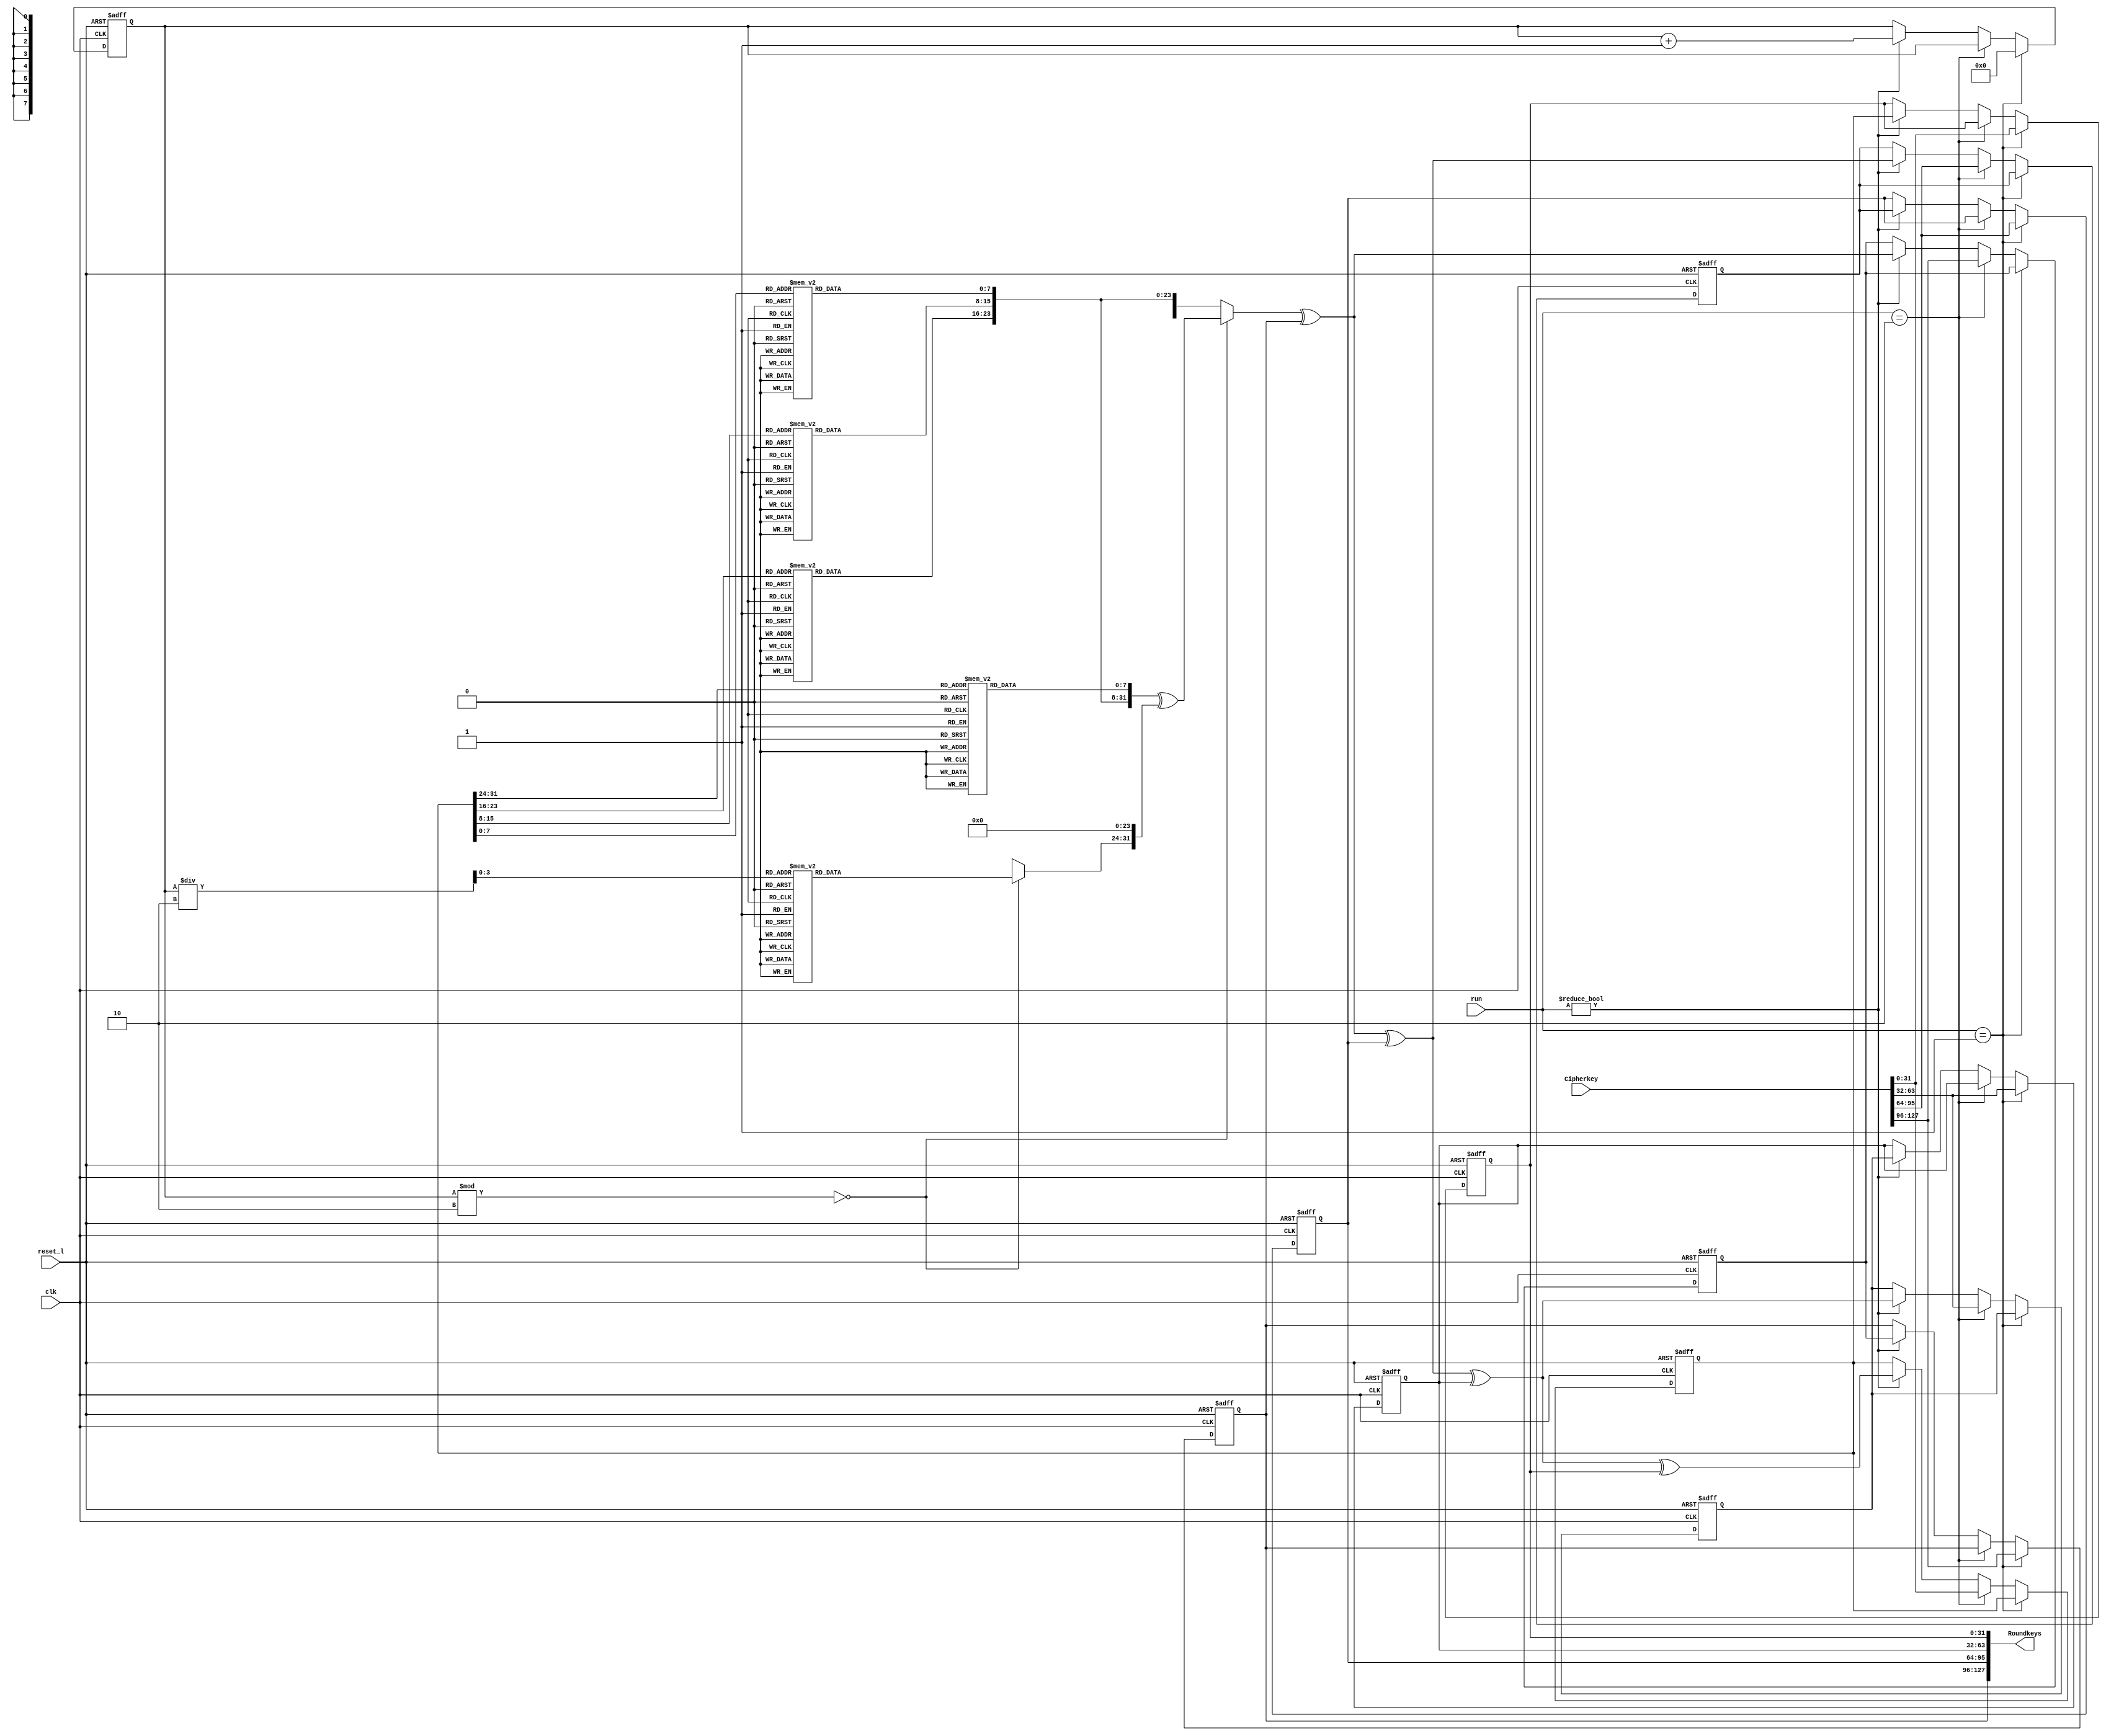
`timescale 1 ns / 1 ns // timescale for following modules

module keyExpansion (
   clk,
   reset_l,
   run,
   Cipherkey,
   Roundkeys);

parameter OUT_WIDTH = 4; // width in 32-bit words

input         clk;
input         reset_l;
input [1:0]   run; // 1 == load 1st key, 2 = load 2nd key, 3 = iterate, 0 = don't change state
input [127:0] Cipherkey;
output reg    [OUT_WIDTH*32-1:0] Roundkeys;

// ---------------------------------------------------------------------------
//  Constants
// ---------------------------------------------------------------------------

function [7:0] RCON;
  input[3:0] i;
  begin
    case (i)
      'h0: RCON = 8'h01; 'h1: RCON = 8'h02; 'h2: RCON = 8'h04;  'h3: RCON = 8'h08; 'h4: RCON = 8'h10;
      'h5: RCON = 8'h20; 'h6: RCON = 8'h40; 'h7: RCON = 8'h80; 'h8: RCON = 8'h1B; 'h9: RCON = 8'h36;
      default: RCON = 0;
    endcase
  end
endfunction

function [7:0] SBOXf;
  input[7:0] i;
    case (i) // case is inferred as a lookup table
    'h00: SBOXf = 8'h63; 'h01: SBOXf = 8'h7c; 'h02: SBOXf = 8'h77; 'h03: SBOXf = 8'h7b;
    'h04: SBOXf = 8'hf2; 'h05: SBOXf = 8'h6b; 'h06: SBOXf = 8'h6f; 'h07: SBOXf = 8'hc5;
    'h08: SBOXf = 8'h30; 'h09: SBOXf = 8'h01; 'h0a: SBOXf = 8'h67; 'h0b: SBOXf = 8'h2b;
    'h0c: SBOXf = 8'hfe; 'h0d: SBOXf = 8'hd7; 'h0e: SBOXf = 8'hab; 'h0f: SBOXf = 8'h76;
    'h10: SBOXf = 8'hca; 'h11: SBOXf = 8'h82; 'h12: SBOXf = 8'hc9; 'h13: SBOXf = 8'h7d;
    'h14: SBOXf = 8'hfa; 'h15: SBOXf = 8'h59; 'h16: SBOXf = 8'h47; 'h17: SBOXf = 8'hf0;
    'h18: SBOXf = 8'had; 'h19: SBOXf = 8'hd4; 'h1a: SBOXf = 8'ha2; 'h1b: SBOXf = 8'haf;
    'h1c: SBOXf = 8'h9c; 'h1d: SBOXf = 8'ha4; 'h1e: SBOXf = 8'h72; 'h1f: SBOXf = 8'hc0;
    'h20: SBOXf = 8'hb7; 'h21: SBOXf = 8'hfd; 'h22: SBOXf = 8'h93; 'h23: SBOXf = 8'h26;
    'h24: SBOXf = 8'h36; 'h25: SBOXf = 8'h3f; 'h26: SBOXf = 8'hf7; 'h27: SBOXf = 8'hcc;
    'h28: SBOXf = 8'h34; 'h29: SBOXf = 8'ha5; 'h2a: SBOXf = 8'he5; 'h2b: SBOXf = 8'hf1;
    'h2c: SBOXf = 8'h71; 'h2d: SBOXf = 8'hd8; 'h2e: SBOXf = 8'h31; 'h2f: SBOXf = 8'h15;
    'h30: SBOXf = 8'h04; 'h31: SBOXf = 8'hc7; 'h32: SBOXf = 8'h23; 'h33: SBOXf = 8'hc3;
    'h34: SBOXf = 8'h18; 'h35: SBOXf = 8'h96; 'h36: SBOXf = 8'h05; 'h37: SBOXf = 8'h9a;
    'h38: SBOXf = 8'h07; 'h39: SBOXf = 8'h12; 'h3a: SBOXf = 8'h80; 'h3b: SBOXf = 8'he2;
    'h3c: SBOXf = 8'heb; 'h3d: SBOXf = 8'h27; 'h3e: SBOXf = 8'hb2; 'h3f: SBOXf = 8'h75;
    'h40: SBOXf = 8'h09; 'h41: SBOXf = 8'h83; 'h42: SBOXf = 8'h2c; 'h43: SBOXf = 8'h1a;
    'h44: SBOXf = 8'h1b; 'h45: SBOXf = 8'h6e; 'h46: SBOXf = 8'h5a; 'h47: SBOXf = 8'ha0;
    'h48: SBOXf = 8'h52; 'h49: SBOXf = 8'h3b; 'h4a: SBOXf = 8'hd6; 'h4b: SBOXf = 8'hb3;
    'h4c: SBOXf = 8'h29; 'h4d: SBOXf = 8'he3; 'h4e: SBOXf = 8'h2f; 'h4f: SBOXf = 8'h84;
    'h50: SBOXf = 8'h53; 'h51: SBOXf = 8'hd1; 'h52: SBOXf = 8'h00; 'h53: SBOXf = 8'hed;
    'h54: SBOXf = 8'h20; 'h55: SBOXf = 8'hfc; 'h56: SBOXf = 8'hb1; 'h57: SBOXf = 8'h5b;
    'h58: SBOXf = 8'h6a; 'h59: SBOXf = 8'hcb; 'h5a: SBOXf = 8'hbe; 'h5b: SBOXf = 8'h39;
    'h5c: SBOXf = 8'h4a; 'h5d: SBOXf = 8'h4c; 'h5e: SBOXf = 8'h58; 'h5f: SBOXf = 8'hcf;
    'h60: SBOXf = 8'hd0; 'h61: SBOXf = 8'hef; 'h62: SBOXf = 8'haa; 'h63: SBOXf = 8'hfb;
    'h64: SBOXf = 8'h43; 'h65: SBOXf = 8'h4d; 'h66: SBOXf = 8'h33; 'h67: SBOXf = 8'h85;
    'h68: SBOXf = 8'h45; 'h69: SBOXf = 8'hf9; 'h6a: SBOXf = 8'h02; 'h6b: SBOXf = 8'h7f;
    'h6c: SBOXf = 8'h50; 'h6d: SBOXf = 8'h3c; 'h6e: SBOXf = 8'h9f; 'h6f: SBOXf = 8'ha8;
    'h70: SBOXf = 8'h51; 'h71: SBOXf = 8'ha3; 'h72: SBOXf = 8'h40; 'h73: SBOXf = 8'h8f;
    'h74: SBOXf = 8'h92; 'h75: SBOXf = 8'h9d; 'h76: SBOXf = 8'h38; 'h77: SBOXf = 8'hf5;
    'h78: SBOXf = 8'hbc; 'h79: SBOXf = 8'hb6; 'h7a: SBOXf = 8'hda; 'h7b: SBOXf = 8'h21;
    'h7c: SBOXf = 8'h10; 'h7d: SBOXf = 8'hff; 'h7e: SBOXf = 8'hf3; 'h7f: SBOXf = 8'hd2;
    'h80: SBOXf = 8'hcd; 'h81: SBOXf = 8'h0c; 'h82: SBOXf = 8'h13; 'h83: SBOXf = 8'hec;
    'h84: SBOXf = 8'h5f; 'h85: SBOXf = 8'h97; 'h86: SBOXf = 8'h44; 'h87: SBOXf = 8'h17;
    'h88: SBOXf = 8'hc4; 'h89: SBOXf = 8'ha7; 'h8a: SBOXf = 8'h7e; 'h8b: SBOXf = 8'h3d;
    'h8c: SBOXf = 8'h64; 'h8d: SBOXf = 8'h5d; 'h8e: SBOXf = 8'h19; 'h8f: SBOXf = 8'h73;
    'h90: SBOXf = 8'h60; 'h91: SBOXf = 8'h81; 'h92: SBOXf = 8'h4f; 'h93: SBOXf = 8'hdc;
    'h94: SBOXf = 8'h22; 'h95: SBOXf = 8'h2a; 'h96: SBOXf = 8'h90; 'h97: SBOXf = 8'h88;
    'h98: SBOXf = 8'h46; 'h99: SBOXf = 8'hee; 'h9a: SBOXf = 8'hb8; 'h9b: SBOXf = 8'h14;
    'h9c: SBOXf = 8'hde; 'h9d: SBOXf = 8'h5e; 'h9e: SBOXf = 8'h0b; 'h9f: SBOXf = 8'hdb;
    'ha0: SBOXf = 8'he0; 'ha1: SBOXf = 8'h32; 'ha2: SBOXf = 8'h3a; 'ha3: SBOXf = 8'h0a;
    'ha4: SBOXf = 8'h49; 'ha5: SBOXf = 8'h06; 'ha6: SBOXf = 8'h24; 'ha7: SBOXf = 8'h5c;
    'ha8: SBOXf = 8'hc2; 'ha9: SBOXf = 8'hd3; 'haa: SBOXf = 8'hac; 'hab: SBOXf = 8'h62;
    'hac: SBOXf = 8'h91; 'had: SBOXf = 8'h95; 'hae: SBOXf = 8'he4; 'haf: SBOXf = 8'h79;
    'hb0: SBOXf = 8'he7; 'hb1: SBOXf = 8'hc8; 'hb2: SBOXf = 8'h37; 'hb3: SBOXf = 8'h6d;
    'hb4: SBOXf = 8'h8d; 'hb5: SBOXf = 8'hd5; 'hb6: SBOXf = 8'h4e; 'hb7: SBOXf = 8'ha9;
    'hb8: SBOXf = 8'h6c; 'hb9: SBOXf = 8'h56; 'hba: SBOXf = 8'hf4; 'hbb: SBOXf = 8'hea;
    'hbc: SBOXf = 8'h65; 'hbd: SBOXf = 8'h7a; 'hbe: SBOXf = 8'hae; 'hbf: SBOXf = 8'h08;
    'hc0: SBOXf = 8'hba; 'hc1: SBOXf = 8'h78; 'hc2: SBOXf = 8'h25; 'hc3: SBOXf = 8'h2e;
    'hc4: SBOXf = 8'h1c; 'hc5: SBOXf = 8'ha6; 'hc6: SBOXf = 8'hb4; 'hc7: SBOXf = 8'hc6;
    'hc8: SBOXf = 8'he8; 'hc9: SBOXf = 8'hdd; 'hca: SBOXf = 8'h74; 'hcb: SBOXf = 8'h1f;
    'hcc: SBOXf = 8'h4b; 'hcd: SBOXf = 8'hbd; 'hce: SBOXf = 8'h8b; 'hcf: SBOXf = 8'h8a;
    'hd0: SBOXf = 8'h70; 'hd1: SBOXf = 8'h3e; 'hd2: SBOXf = 8'hb5; 'hd3: SBOXf = 8'h66;
    'hd4: SBOXf = 8'h48; 'hd5: SBOXf = 8'h03; 'hd6: SBOXf = 8'hf6; 'hd7: SBOXf = 8'h0e;
    'hd8: SBOXf = 8'h61; 'hd9: SBOXf = 8'h35; 'hda: SBOXf = 8'h57; 'hdb: SBOXf = 8'hb9;
    'hdc: SBOXf = 8'h86; 'hdd: SBOXf = 8'hc1; 'hde: SBOXf = 8'h1d; 'hdf: SBOXf = 8'h9e;
    'he0: SBOXf = 8'he1; 'he1: SBOXf = 8'hf8; 'he2: SBOXf = 8'h98; 'he3: SBOXf = 8'h11;
    'he4: SBOXf = 8'h69; 'he5: SBOXf = 8'hd9; 'he6: SBOXf = 8'h8e; 'he7: SBOXf = 8'h94;
    'he8: SBOXf = 8'h9b; 'he9: SBOXf = 8'h1e; 'hea: SBOXf = 8'h87; 'heb: SBOXf = 8'he9;
    'hec: SBOXf = 8'hce; 'hed: SBOXf = 8'h55; 'hee: SBOXf = 8'h28; 'hef: SBOXf = 8'hdf;
    'hf0: SBOXf = 8'h8c; 'hf1: SBOXf = 8'ha1; 'hf2: SBOXf = 8'h89; 'hf3: SBOXf = 8'h0d;
    'hf4: SBOXf = 8'hbf; 'hf5: SBOXf = 8'he6; 'hf6: SBOXf = 8'h42; 'hf7: SBOXf = 8'h68;
    'hf8: SBOXf = 8'h41; 'hf9: SBOXf = 8'h99; 'hfa: SBOXf = 8'h2d; 'hfb: SBOXf = 8'h0f;
    'hfc: SBOXf = 8'hb0; 'hfd: SBOXf = 8'h54; 'hfe: SBOXf = 8'hbb; 'hff: SBOXf = 8'h16;
    default: SBOXf = 0;
  endcase
endfunction

//-----------------------------------------------------------------------------
//-- Calculation of round key words.
//-----------------------------------------------------------------------------
// Since the "RotWord" function only performs a byte-wise rotation of a word,
// we can perform it either before or after the "SubWord" substitution.

// reg [31:0] next_state [0:11];
reg [31:0] next_state [7:0];
reg [31:0] state [7:0];
reg [3:0] R; // Support up to 16 keys

always @(*) begin : gen_roundKeys
  reg [31:0] T;
  integer j;

  // Dispose one key

  for (j=0;j<4;j=j+1)
    next_state[j] = state[j+4];

  // SBOX

  for (j=24;j>=0;j=j-8)
    T = {T, SBOXf(state[7]>>j)};

  // Rotate and RCON

  if ((R % 2) == 0 ) begin
    T = {T, T} >> 24; // Rotate left
    T = T ^ {RCON(R/2), 24'b0};
  end

  // XORs

  for (j=0;j<4;j=j+1) begin
    T = T ^ state[j];
    next_state[4+j] = T;
  end

end

//-----------------------------------------------------------------------------
// State
//-----------------------------------------------------------------------------

always @(posedge clk or negedge reset_l) begin : flops
  integer n;
  if (!reset_l) begin
    for (n=0; n<8; n=n+1) state[n] <= 0;
    R <= 0;
  end else if (run == 1) begin
    for (n=4; n<8; n=n+1)
      state[7-n] <= Cipherkey >> (n-4) * 32;
    R <= 0;
    // $display("%0d  CipherKey0 <= %h", $stime, Cipherkey);
  end else if (run == 2) begin
    for (n=0; n<4; n=n+1)
      state[7-n] <= Cipherkey >> n * 32;
  end else if (run) begin
    for (n=0; n<8; n=n+1)
      state[n] <= next_state[n];
    R <= R + 1;
  end
end

integer j;
always @(*) begin
  Roundkeys = 0;
  for (j=0; j<OUT_WIDTH; j=j+1)
    Roundkeys = {Roundkeys, state[j]};
end

endmodule // module keyExpansion